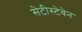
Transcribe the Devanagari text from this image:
सेटीस्‍टेबेन